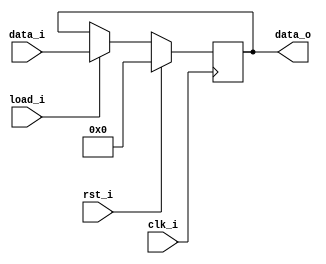
//--------------------------------------------------------------------------------
// Dependencies : 
// Description  : 4-bit parallel in parallel out shift register
//--------------------------------------------------------------------------------

module pipo(
  input            clk_i , // Clock
  input            rst_i , // Reset
  input            load_i, // Load eanble input
  input      [3:0] data_i, // Parallel data input
  output reg [3:0] data_o  // Parallel data output
);
  
  // Sequential Logic
  always@(posedge clk_i)begin
    if(rst_i)begin
	// Clear on reset
      data_o <= 'h0;
    end else begin
	  if(load_i)begin
	  // Load parallel data
	    data_o <= data_i;
	  end
    end
  end
  
endmodule